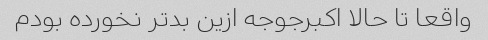
واقعا تا حالا اکبرجوجه ازین بدتر نخورده بودم